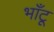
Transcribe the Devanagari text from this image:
भाँटू